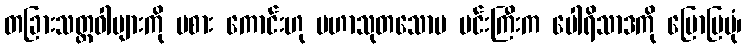
တခြားသတ္တဝါများကို မစား ကောင်းဟု မဟာသုတသောမ မင်းကြီးက ပေါရိသာဒကို ပြောပြပုံ၊